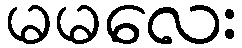
မမလေး